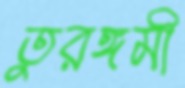
তুরঙ্গমী